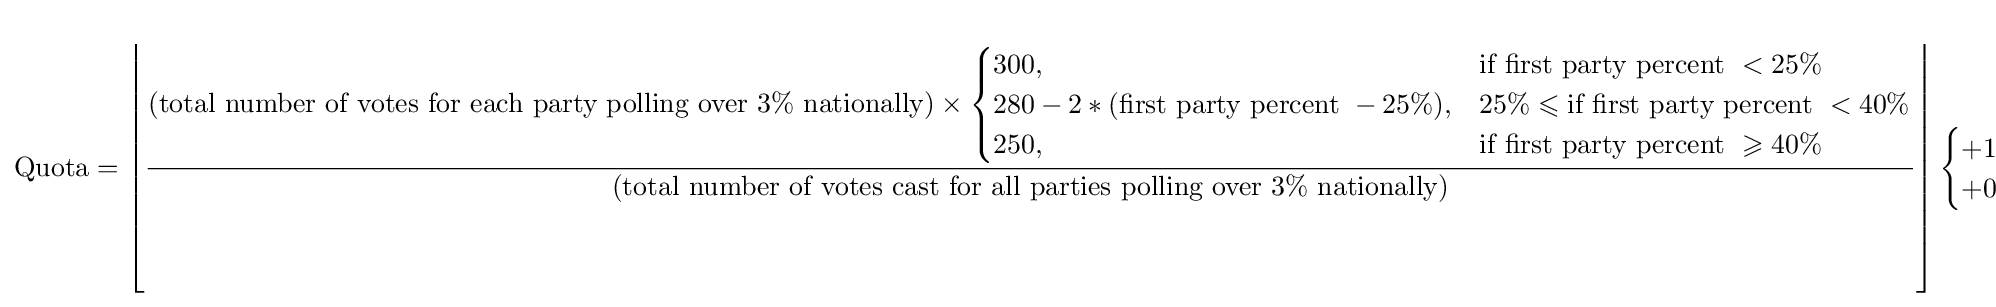
{\text{Quota}}=\left\lfloor {{\text{(total number of votes for each party polling over 3}}\%{\text{ nationally)}}\times {\begin{cases}300,&{\text{if first party percent }}<25\%\\280-2*({\text{first party percent }}-25\%),&25\%\leqslant {\text{if first party percent }}<40\%\\250,&{\text{if first party percent }}\geqslant 40\%\end{cases}} \over {\text{(total number of votes cast for all parties polling over 3}}\%{\text{ nationally)}}}\right\rfloor {\begin{cases}+1,&{\text{if }}k_{n}\geqslant k_{x}\\+0,&{\text{if }}k_{n}<k_{x}\end{cases}}